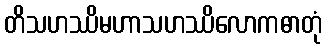
တိသဟဿိမဟာသဟဿိလောကဓာတုံ